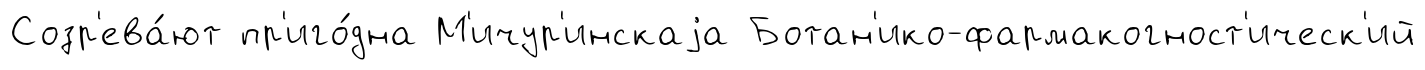
Созр'ева́ют пр'иго́дна М'ичур'инскаjа Ботан'ико-фармакогност'ическ'ий